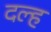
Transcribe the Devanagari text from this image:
दल्ह